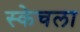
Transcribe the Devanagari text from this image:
स्केचला